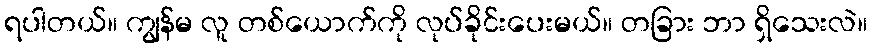
ရပါတယ်။ ကျွန်မ လူ တစ်ယောက်ကို လုပ်ခိုင်းပေးမယ်။ တခြား ဘာ ရှိသေးလဲ။